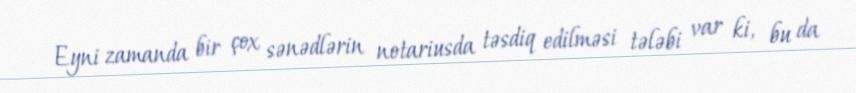
Eyni zamanda bir çox sənədlərin notariusda təsdiq edilməsi tələbi var ki, bu da